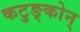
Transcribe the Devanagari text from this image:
कटुङ्कोन्